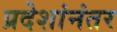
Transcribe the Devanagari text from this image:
प्रदेशांनंतर